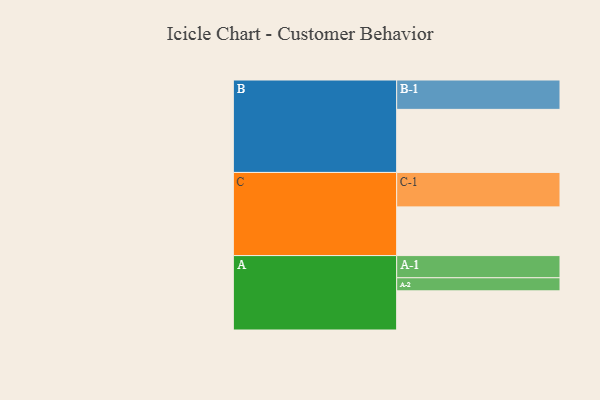
{"axis": {"x": "Segment", "y": "Value"}, "legend": ["", "A", "B", "C"], "data": [{"x": "A", "y": 332, "type": ""}, {"x": "B", "y": 535, "type": ""}, {"x": "C", "y": 413, "type": ""}, {"x": "A-1", "y": 188, "type": "A"}, {"x": "A-2", "y": 111, "type": "A"}, {"x": "B-1", "y": 249, "type": "B"}, {"x": "C-1", "y": 292, "type": "C"}]}